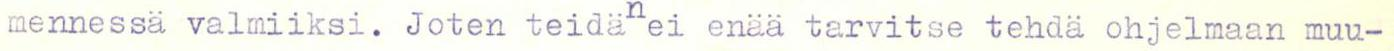
mennessä valmiiksi. Joten teidän ei enää tarvitse tehdä ohjelman muu-